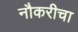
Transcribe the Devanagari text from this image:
नौकरीचा